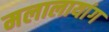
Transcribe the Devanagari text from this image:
मलालायांग